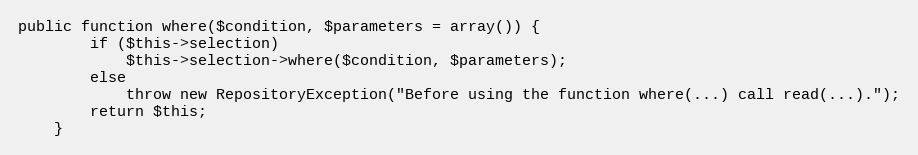
Language: PHP
public function where($condition, $parameters = array()) {
		if ($this->selection)
			$this->selection->where($condition, $parameters);
		else
			throw new RepositoryException("Before using the function where(...) call read(...).");
		return $this;
	}